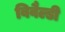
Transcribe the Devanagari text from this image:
विवैल्डी